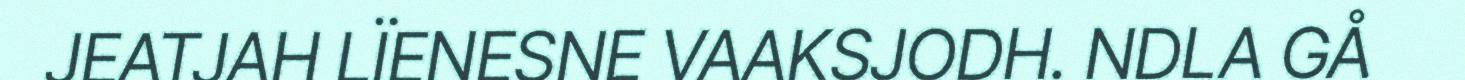
JEATJAH LÏENESNE VAAKSJODH. NDLA GÅ